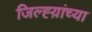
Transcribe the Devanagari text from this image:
जिल्ह्य़ांच्या